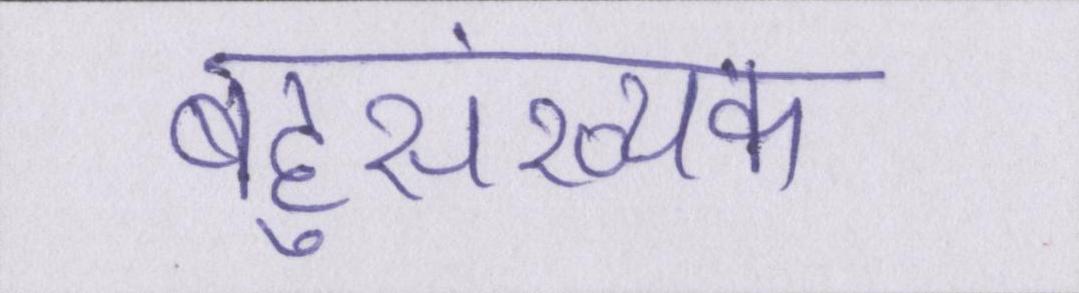
बहुसंख्यक